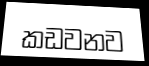
කඩවනව